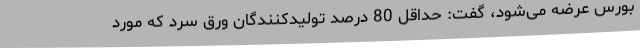
بورس عرضه می‌شود، گفت: حداقل 80 درصد تولیدکنندگان ورق سرد که مورد